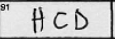
Transcription: HCD